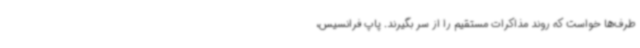
طرف‌ها خواست که روند مذاکرات مستقیم را از سر بگیرند. پاپ فرانسیس،